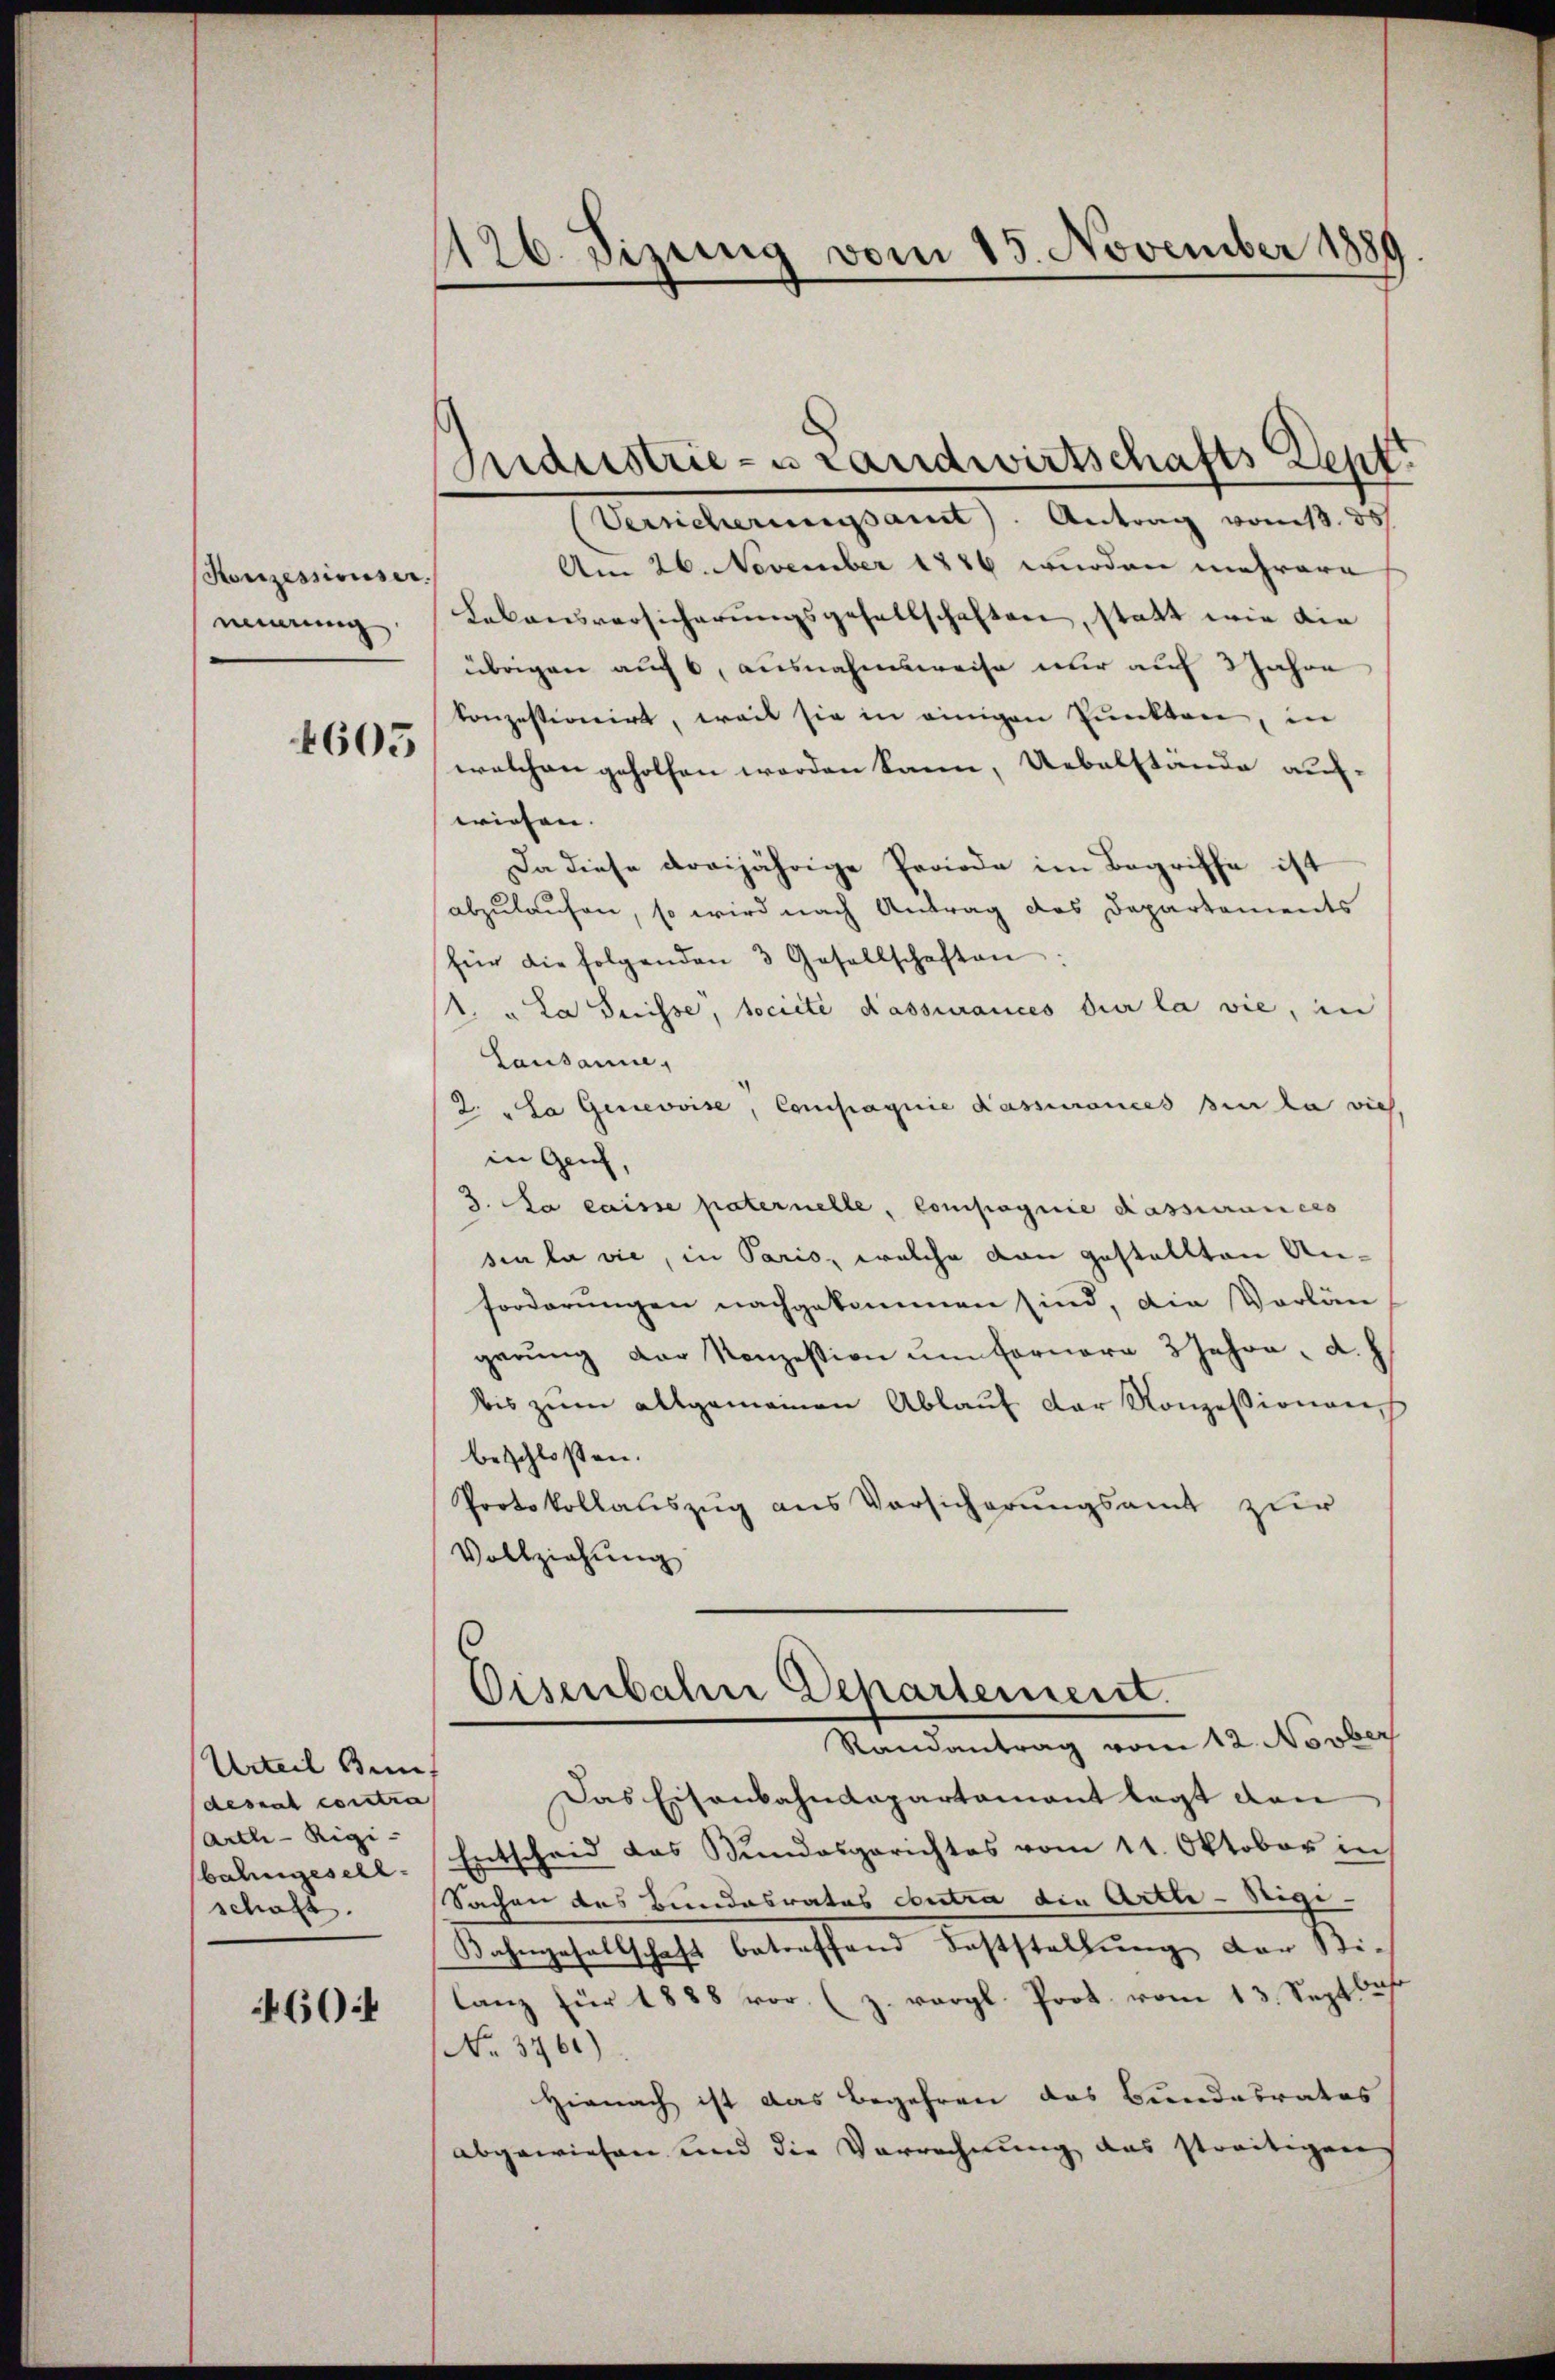
Konzessionser.
innerung

4605

Urteil Bun
desaal contra
Arth-Rigi-
bahngesell
schaft.

60:

126. Sizung vom 15. November 1889

ndustrie- u Landwirtschafts Dept.
Versicherungsamt. Antrag vom 13. 35
Am 26. November 1886 wurden mehrere
Lebensversicherŭngsgesellschaften, statt wie die
übrigen auf 6, ausnahmsweise nur auf 3 Jahre
konzessionirt, weil sie in einigen Punkten, in
welchen geholfen werden kann, Uebelstände auf-
wiesen. |
Da diese dreijährige Periode im Begriffe ist
abzulaufen, so wird nach Antrag des Departements
für die folgenden 3 Gesellschaften.
1. „La Suisse, societe Kassances die la vie, in
Lausanne,
2. „La Genevoise, Compagnie Kassances sie la vie
in Genf,
3. La caisse paternelle, Compagnie Kassieraners
sin la vie, in Paris, welche von gestellten Anforderungen nachgekommen sind, die Vorlän
gerŭng der Konzession ŭm Fernere 3 Jahre d. h.
bis zum allgemeinen Ablauf der Konzessionen
beschlossen:
Protokollauszug aus Vorsicherungsamt zur
Vollziehung
Eisenbahn Departement.
Mandantrag vom 12. Vorber
Das Eisenbahndepartamant legt dan
Entscheid das Bundesgerichtes vom 11. Oktober in
Sachen des Bundesrates contra die Artle-Segi- |
Bahngesellschaft betreffend Feststellung der Sti-
lanz für 1888 vor (z. vergl. Prot. vom 13. Septbr
No. 3761)
Hienach ist das Begehren das Bundesrates
abgewiesen und die Verrechnung das streitigen